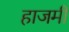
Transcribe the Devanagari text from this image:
हाजमी